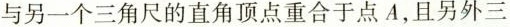
与另一个三角尺的直角顶点重合于点A，且另外三个锐角顶点B，C，D在同一直线上。若AB=2，则CD=_。(第16题)